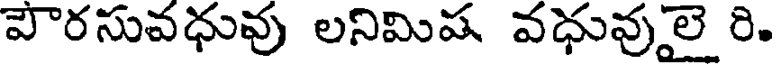
పౌరసువధువు లనిమిష వధువులై రి.